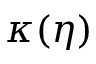
\kappa ( \eta )